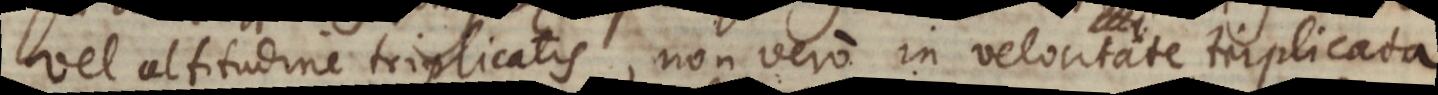
vel altitudine triplicatis, non vero in velocitate triplicata.